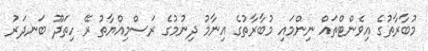
މުބާރާތުގެ އިވެންޓްތައް ނިންމައި މުބާރާތުގެ އިނާމު ދިނުމުގެ ރަސްމިއްޔާތު ރޭ ހިތަދޫ ބަނދަރު